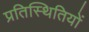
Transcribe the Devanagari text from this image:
प्रतिस्थितियों